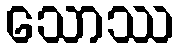
သောဿ